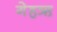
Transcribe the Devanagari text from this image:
गेहऋ